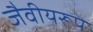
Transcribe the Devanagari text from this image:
जैवीयरूप